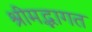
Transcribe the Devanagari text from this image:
श्रीमद्भागत